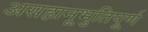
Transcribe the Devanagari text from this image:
असहानूभुतिपूर्ण